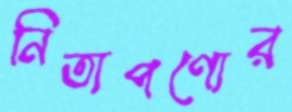
নিত্যপণ্যের